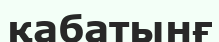
қабатынғ